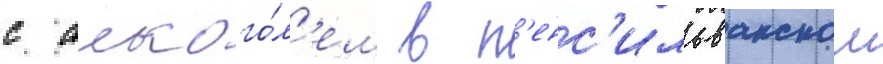
с алкого́л'ем в п'енс'ильванском